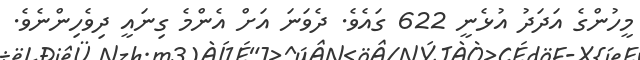
މީހުންގެ އަދަދު އުޅެނީ 622 ގައެވެ. ދެވަނަ އަށް އެންމެ ގިނައީ ދިވެހިންނެވެ.